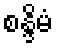
စန္ဒိမံ